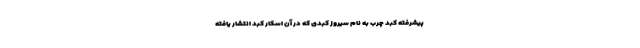
پیشرفته کبد چرب به نام سیروز کبدی که در آن اسکار کبد انتشار یافته